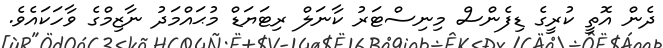
ދެން އޮތީ ކުރީގެ ޑިފެންސް މިނިސްޓަރު ކާނަލް ރިޓަޔަޑް މުޙައްމަދު ނާޒިމްގެ ވާހަކައެވެ.